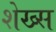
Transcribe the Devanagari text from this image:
शेख्स